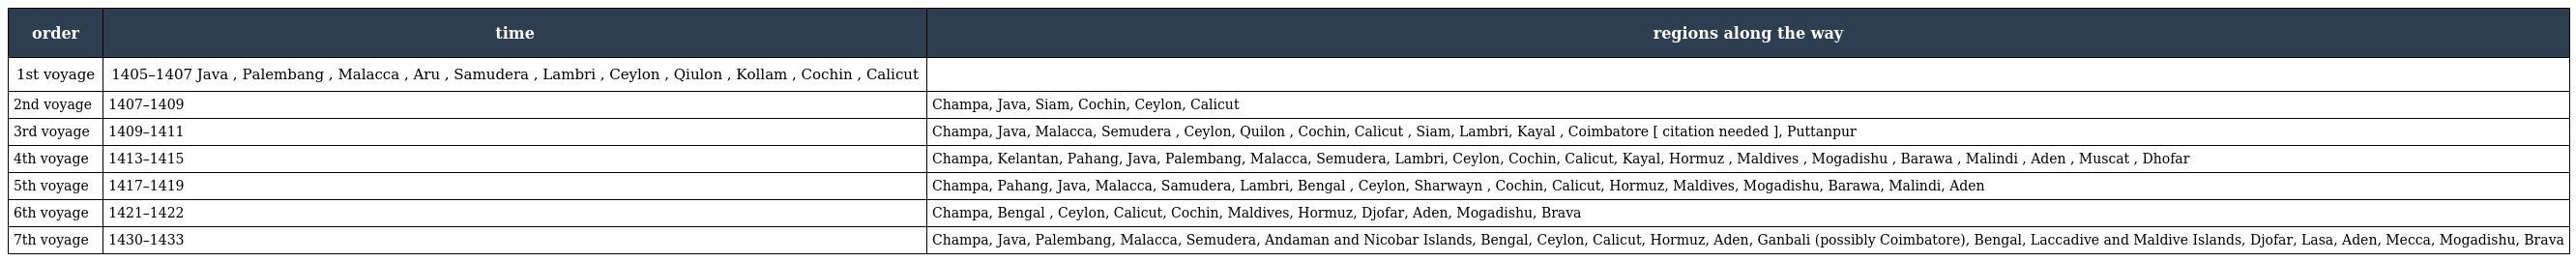
| order | time | regions along the way |
 | --- | --- | --- |
 | 1st voyage | 1405–1407 Java , Palembang , Malacca , Aru , Samudera , Lambri , Ceylon , Qiulon , Kollam , Cochin , Calicut |  |
 | 2nd voyage | 1407–1409 | Champa, Java, Siam, Cochin, Ceylon, Calicut |
 | 3rd voyage | 1409–1411 | Champa, Java, Malacca, Semudera , Ceylon, Quilon , Cochin, Calicut , Siam, Lambri, Kayal , Coimbatore [ citation needed ], Puttanpur |
 | 4th voyage | 1413–1415 | Champa, Kelantan, Pahang, Java, Palembang, Malacca, Semudera, Lambri, Ceylon, Cochin, Calicut, Kayal, Hormuz , Maldives , Mogadishu , Barawa , Malindi , Aden , Muscat , Dhofar |
 | 5th voyage | 1417–1419 | Champa, Pahang, Java, Malacca, Samudera, Lambri, Bengal , Ceylon, Sharwayn , Cochin, Calicut, Hormuz, Maldives, Mogadishu, Barawa, Malindi, Aden |
 | 6th voyage | 1421–1422 | Champa, Bengal , Ceylon, Calicut, Cochin, Maldives, Hormuz, Djofar, Aden, Mogadishu, Brava |
 | 7th voyage | 1430–1433 | Champa, Java, Palembang, Malacca, Semudera, Andaman and Nicobar Islands, Bengal, Ceylon, Calicut, Hormuz, Aden, Ganbali (possibly Coimbatore), Bengal, Laccadive and Maldive Islands, Djofar, Lasa, Aden, Mecca, Mogadishu, Brava |